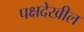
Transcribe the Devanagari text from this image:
पक्षदेखील